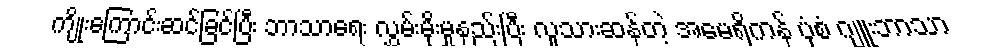
ကျိုးကြောင်းဆင်ခြင်ပြီး ဘာသာရေး လွှမ်းမိုးမှုနည်းပြီး လူသားဆန်တဲ့ အမေရိကန် ပုံစံ ဂျူးဘာသာ